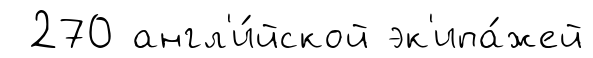
270 англ'и́йской эк'ипа́жей